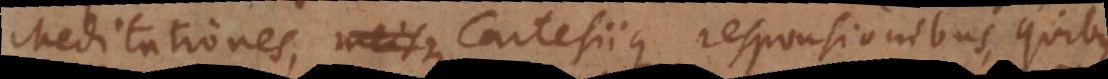
Meditationes, meisque Cartesiique responsionibus, quibus